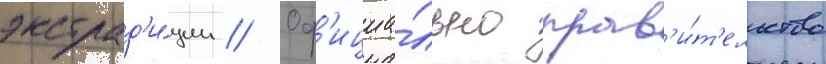
экстрад'и́ции // Оф'ициа́льно прав'и́т'ельство